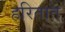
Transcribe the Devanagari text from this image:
हरितात